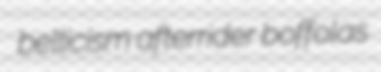
bellicism afterrider boffolas